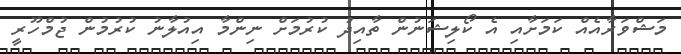
މަޝްވަރާއެއް ކަމަށާއި އެ ކޯލިޝަނުން ތާއިދު ކުރުމަށް ނިންމާ އިއުލާނު ކުރުމުން ޖުމްހޫރީ